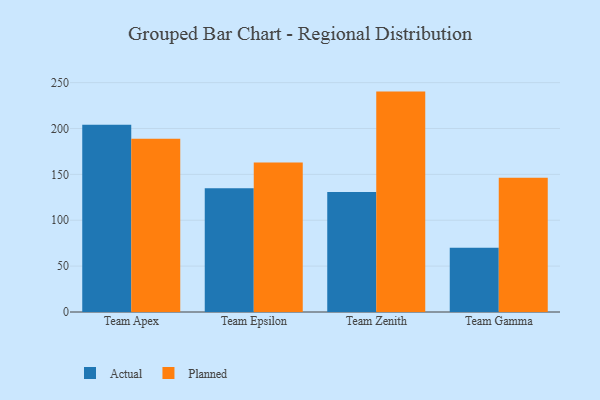
{"axis": {"x": "Team", "y": "Latency (ms)"}, "legend": ["Actual", "Planned"], "data": [{"x": "Team Apex", "y": 204.0, "type": "Actual"}, {"x": "Team Apex", "y": 188.7, "type": "Planned"}, {"x": "Team Epsilon", "y": 134.8, "type": "Actual"}, {"x": "Team Epsilon", "y": 163.0, "type": "Planned"}, {"x": "Team Zenith", "y": 130.9, "type": "Actual"}, {"x": "Team Zenith", "y": 240.2, "type": "Planned"}, {"x": "Team Gamma", "y": 69.9, "type": "Actual"}, {"x": "Team Gamma", "y": 146.4, "type": "Planned"}]}